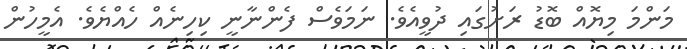
މަންމަ މިޔޮއް ބޮޑު ރަށުގައި ދުވީއެވެ. ނަމަވެސް ފެންނާނީ ކިހިނެއް ހެއްޔެވެ. އެމީހުން